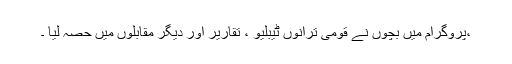
،پروگرام میں بچوں نے قومی ترانوں ٹیبلیو ، تقاریر اور دیگر مقابلوں میں حصہ لیا ۔